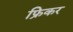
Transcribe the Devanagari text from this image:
फ्रिकर